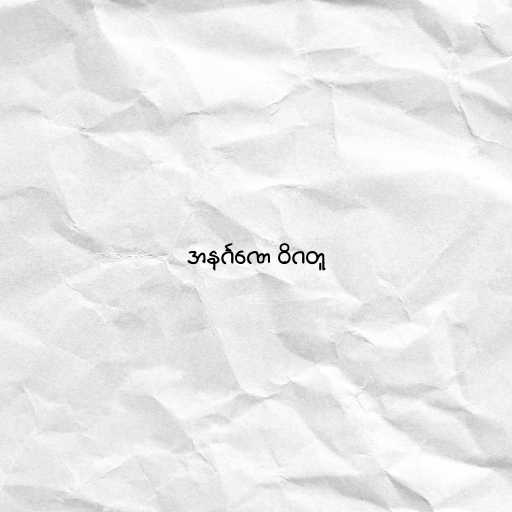
အနင်္ဂဏေ ဝိဂတူ